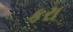
કરા